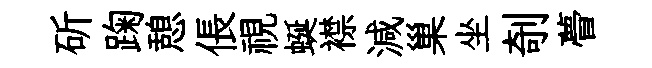
斫踘憩倀視蜒襟減巢坐剞瞢